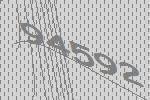
94592